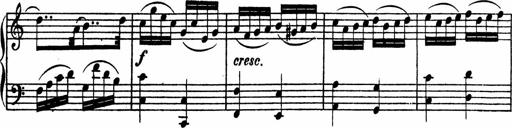
Title: Piano Sonata
Composer: Karl HÃ¤ssler
Key: C major